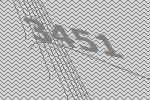
3451